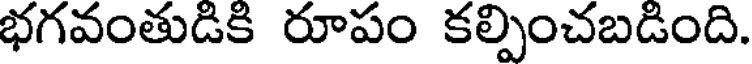
భగవంతుడికి రూపం కల్పించబడింది.